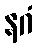
နဂံ